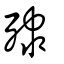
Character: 殔